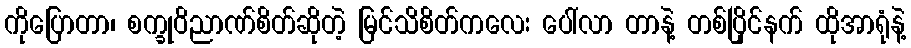
ကိုပြောတာ၊ စက္ခုဝိညာဏ်စိတ်ဆိုတဲ့ မြင်သိစိတ်ကလေး ပေါ်လာ တာနဲ့ တစ်ပြိုင်နက် ထိုအာရုံနဲ့